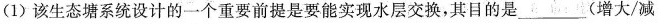
(1)该生态塘系统设计的一个重要前提是要能实现水层交换，其目的是___(增大/减